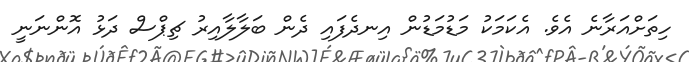
ހިތަށްއަރާނެ އެވެ. އެކަމަކު މަޑުމަޑުން އިނދެފައި ދެން ބަލާލާއިރު ޗިޕްސް ދަޅު އޮންނަނީ